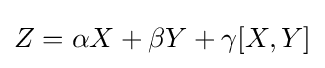
Z=\alpha X+\beta Y+\gamma [X,Y]